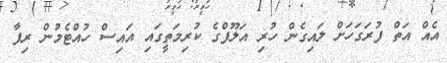
އެއް އަތް ފުރަގަހަށް ލައިގެން ހުރި އަލޫފްގެ ކުރިމަތީގައި އައިސް ހުއްޓެމުން ރިފާ